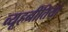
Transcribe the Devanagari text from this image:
व्यूहनीतियां